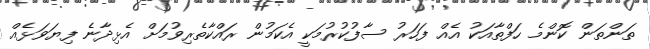
ތަންތަން ކޮންމެ ހަފްތާއަކު އެއް ފަހަރު ސާފުކުރުމަކީ އެކަމުން ރައްކާތެރިވުމަށް އެޅިދާނެ ފިޔަވަޅެއް